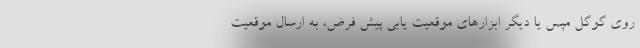
روی گوگل مپس یا دیگر ابزارهای موقعیت یابی پیش فرض، به ارسال موقعیت